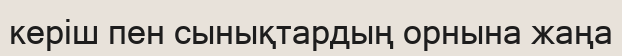
керіш пен сынықтардың орнына жаңа